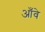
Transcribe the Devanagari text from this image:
आँवे